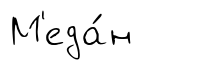
М'еда́н